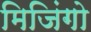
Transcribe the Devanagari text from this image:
मिजिंगो